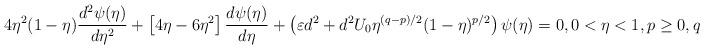
LaTeX: \begin{align*}4\eta^2(1-\eta)\dfrac{d^2\psi(\eta)}{d\eta^2}+\left[4\eta-6\eta^2\right]\frac{d\psi(\eta)}{d\eta}+\left(\varepsilon d^2+ d^2 U_0{\eta^{(q-p)/2}(1-\eta)^{p/2}}\right)\psi(\eta)=0,0<\eta<1, p\geq 0,q> p.\end{align*}